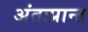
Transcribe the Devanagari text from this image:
अंतःप्रान्त